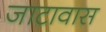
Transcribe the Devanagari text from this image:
जाटावास